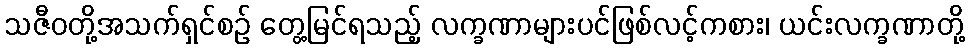
သဇီဝတို့အသက်ရှင်စဉ် တွေ့မြင်ရသည့် လက္ခဏာများပင်ဖြစ်လင့်ကစား၊ ယင်းလက္ခဏာတို့